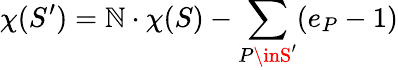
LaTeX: \chi(S^{\prime})=\mathbb{N}\cdot\chi(S)-\sum_{P\inS^{\prime}}(e_{P}-1)